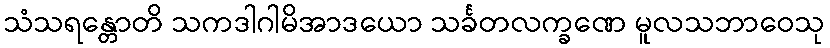
သံသရန္တောတိ သကဒါဂါမိအာဒယော သင်္ခတလက္ခဏေ မူလသဘာဝေသု